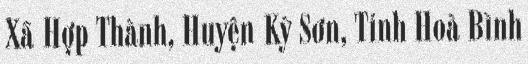
Xã Hợp Thành, Huyện Kỳ Sơn, Tỉnh Hoà Bình